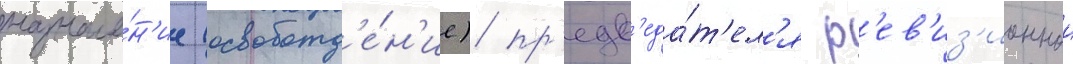
назначе́н'ие (освобожд'е́н'ие) пр'едс'еда́т'ел'я р'ев'из'ионнои